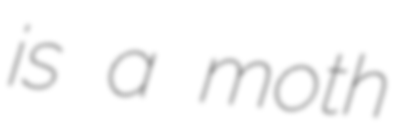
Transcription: is a moth